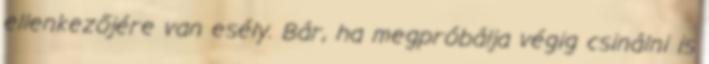
ellenkezőjére van esély. Bár, ha megpróbálja végig csinálni is